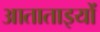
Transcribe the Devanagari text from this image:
आताताइयों